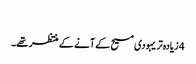
‏
4 زیادہ‌تر یہودی مسیح کے آنے کے منتظر تھے۔